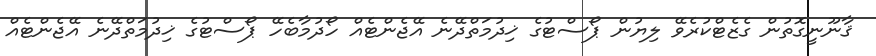
ޤާނޫނީގޮތުން ގެޒެޓްކުރެވޭ ލިޔުން ޕޯސްޓުގެ ޚިދުމަތްދޭނެ އޭޖެންޓެއް ހޯދުމާބެހޭ ޕޯސްޓުގެ ޚިދުމަތްދޭނެ އޭޖެންޓެއް